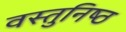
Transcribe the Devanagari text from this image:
वस्‍तुनिष्‍ठ